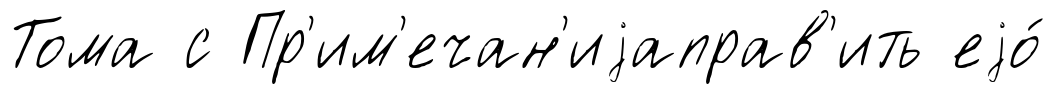
Тома с Пр'им'ечан'иjаправ'ить еjо́